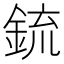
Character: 鋶